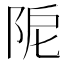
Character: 𨹖